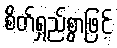
စိတ်ရှည်စွာဖြင့်